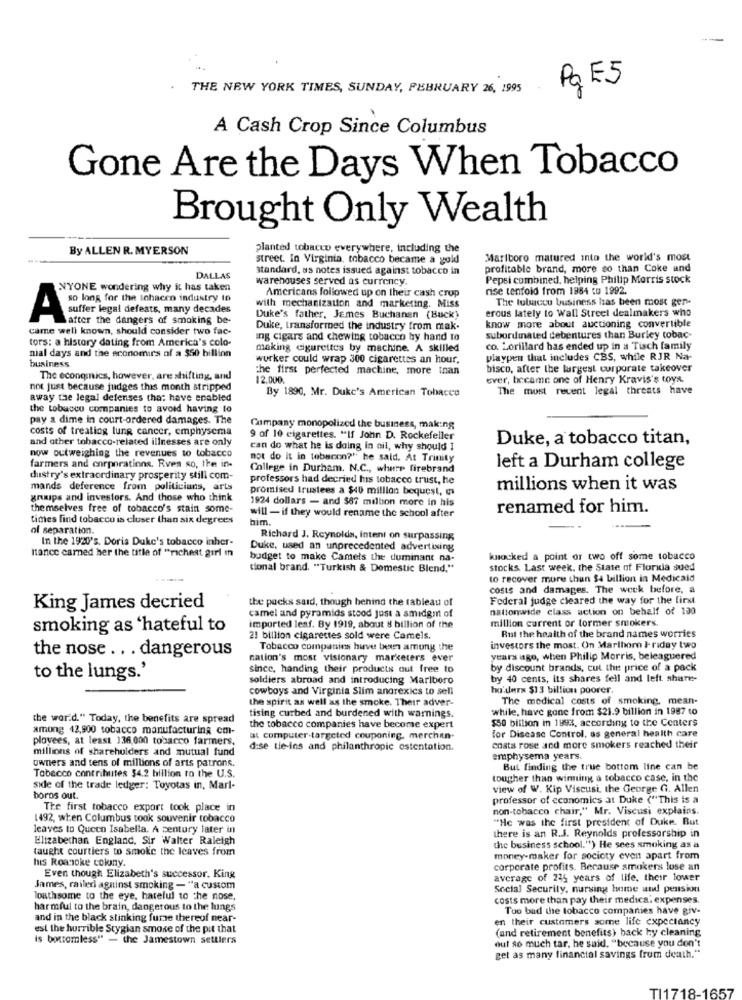
-
Pq E5
THE NEW YORK TIMES, SUNDAY, FEBRUARY 26, 1995
A Cash Crop Since Columbus
Gone Are the Days When Tobacco
Brought Only Wealth
By ALLEN R. MYERSON
planted tobacco everywhere, including the
street. In Virginia, tobacco became a gold
Marlboro matured into the world's most
standard, as notes issued against tobacco in
profitable brand, more so than Coke and
DALLAS
warehouses served as currency.
Pepsi combined, helping Philip Morris stock
NYONE wondering why it has taken
Americans followed up on their cash crop
rise tenfold from 1984 tu 1992.
so long for the tohacen industry to
The tobacco business has been most gen-
suffer legal defeats, many decades
with mechanization and marketing. Miss
erous lately to Wall Street dealmakers who
A
after the dangers of smoking be-
Duke's father, James Buchanan (Buck)
came well known, should consider two fac-
Duke, transformed the industry from mak.
know more about auctioning convertible
tors: a history dating from America's colo-
ing cigars and chewing tobacco by hand to
subordinated debentures than Burley tobac-
nial days and the economics of a $50 billion
making cigarettes by machine. A skilled
co. Lorillard has ended up in a Tisch family
business
wurker could wrap 300 cigarettes an hour,
playpen that includes CBS, while RJR Na-
the first perfected machine, more than
bisco, after the largest corporate takeover
The economics, however, are shifting, and
12,000.
ever, became one of Henry Kravis's toys.
not just because judges this month stripped
By 1890, Mr. Duke's American Tobacco
The most recent legal threats have
away the legal defenses tha: have enabled
the tobacco companies to avoid having to
pay a dime in court-ordered damages. The
costs of treating lung cancer, emphysema
Company monopolized the business, making
and other tobacco-related illnesses are only
9 of 10 cigarettes. "If John D. Rockefeller
Duke, a tobacco titan,
now outweighing the revenues to tobacco
can do what he is doing in nil, why should I
not do it in tebacon?" he said. At Trinity
farmers and corporations. Rven so, the in-
College in Durham. N.C ., where firebrand
left a Durham college
dustry's extraordinary prosperity still com-
professors had decried his tobacco trust, he
mands deference from politicians, arts
promised trustees a $40 million bequest,
millions when it was
grips and investors. And those who think
1924 dollars - and $87 million more in his
themselves free of tobacco's stain some-
renamed for him.
times find tobacco is closer than six degrees
will - if they would rename the school after
bim.
of separation.
In the 1920's. Doris Duke's tobacco inher-
Richard J. Reynolds, intent on surpassing
itance earned her the title of "richest girl m
Duke, used an unprecedented advertising
budget to make Camels the duminant na-
knocked a point or two off some tobacco
tional brand. "Turkish & Domestic Blend,"
stocks. Last week, the State of Florida sued
to recover more than $4 billion in Medicald
costs and damages. The week before, a
the packs said, though behind the tableau of
Federal judge cleared the way for the first
King James decried
camel and pyramids stood just a smidgm of
nationwide class action on behalf of 100
million current or tormer smokers.
smoking as 'hateful to
imported leaf. By 1919, about 8 billion of the
21 billion cigarettes sold were Camels.
Rut the health of the brand names worries
the nose .. . dangerous
Tobacco companies have been among the
investors the most. On Marlboro I riday two
nation's most visionary marketers ever
years ago, when Philip Morris, beleaguered
since, handing their products out free to
by discount brands, cut the price of a pack
to the lungs.'
soldiers abroad and introducing Marlboro
by 40 cents, its shares fell and left share-
cowboys and Virginia Slim anorexics to sell
ho'derx $13 billion poorer.
the spirit as well as the smoke. Their adver-
The medical costs of smoking, mean-
while, have gone from $21.9 billion in 1987 to
the word." Today, the benefits are spread
tising curbed and burdened with warnings.
$50 billion in 1993, according to the Centers
among 42,900 tobacco manufacturing em-
the tobacco companies have become expert
plovees, at least 136,000 tobacco farmers,
at computer-targeted couponing. merchan-
for Disease Control, as general health care
millions of shareholders and mutual fund
d:se tie-ins and philanthropic estentation.
costs rose and more smokers reached their
owners and tens of millions of arts patrons
emphysema years.
Tobacco contributes $4.2 billion to the U.S.
But finding the true bottom line can be
tougher than winning a tobacco case, in the
side of the trade ledger: Toyotas in, Marl-
view of W. Kip Viscusi, the George G. Allen
boros out.
professor of economics at Duke ("This is a
The first tobacco export took place in
non-tobacco chair," Mr. Viscusi explains.
1492, when Columbus took souvenir tobacco
"He was the first president of Duke. But
leaves to Queen Isabella. A century later in
Elizabethan England, Sir Walter Raleigh
there is an R.J. Reynolds professorship in
taught courtiers to smoke the leaves from
the business school.") He sees smoking as a
his Roanoke colony.
money-maker for society even apart from
corporate profits. Because smokers lose an
Even though Elizabeth's successor. King
average of 235 years of life, their lower
James, railed against smoking - "a custom
Social Security, nursing home and pension
loathsome to the eye, harelul to the nose,
costs more than pay their medica. expenses.
harmful to the brain, dangerous to the lungs
Too bad the tobacco companies have giv-
and in the black stinking furze thereof near-
en their customers some life expectancy
est the horrible Stygian smoke of the pit that
(and retirement benefits) back ky cleaning
is bottomless" - the Jamestown settlers
out so much tar, he said, "because you don't
get as many financial savings from death."
TI1718-165